Report on the cholera epidemic of
Year: 1868
Disease focus: Cholera
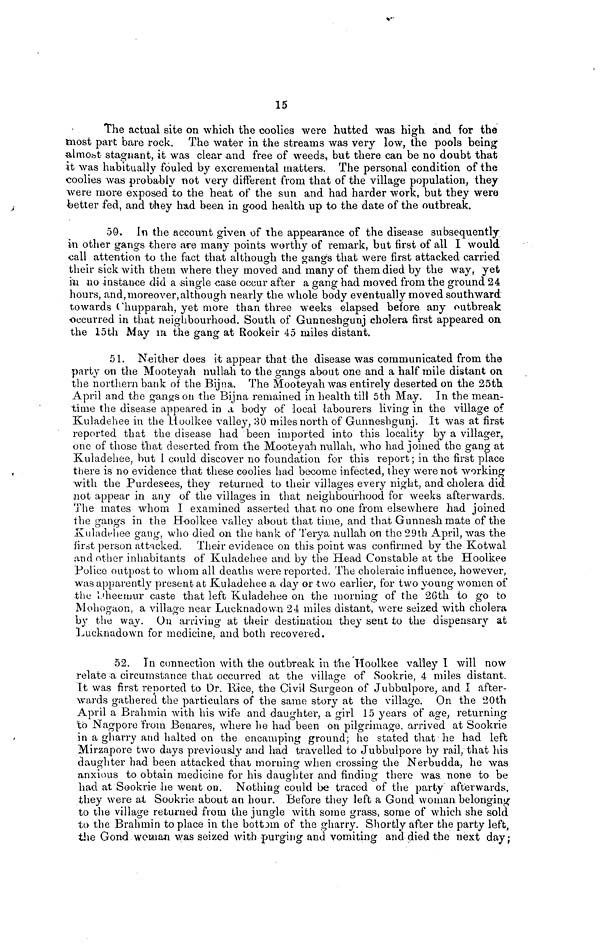
15
The actual site on which the coolies were hutted was high and for the
most part bare rock. The water in the streams was very low, the pools being
almost stagnant, it was clear and free of weeds, but there can be no doubt that
it was habitually fouled by excremental matters. The personal condition of the
coolies was probably not very different from that of the village population, they
were more exposed to the heat of the sun and had harder work, but they were
better fed, and they had been in good health up to the date of the outbreak.
50. In the account given of the appearance of the disease subsequently
in other gangs there are many points worthy of remark, but first of all I would
call attention to the fact that although the gangs that were first attacked carried
their sick with them where they moved and many of them died by the way, yet
in no instance did a single case occur after a gang had moved from the ground 24
hours, and, moreover, although nearly the whole body eventually moved southward
towards C'hupparah, yet more than three weeks elapsed before any outbreak
occurred in that neighbourhood. South of Gunneshgunj cholera first appeared on
the 15th May in the gang at Rookeir 45 miles distant.
51. Neither does it appear that the disease was communicated from the
party on the Mooteyah nullah to the gangs about one and a half mile distant on
the northern bank of the Bijna. The Mooteyah was entirely deserted on the 25th
April and the gangs on the Bijna remained in health till 5th May. In the mean-
time the disease appeared in a body of local labourers living in the village of
Kuladehee in the Hoolkee valley, 30 miles north of Gunneshgunj. It was at first
reported that the disease had been imported into this locality by a villager,
one of those that deserted from the Mooteyah nullah, who had joined the gang at
Kuladehee, but I could discover no foundation for this report; in the first place
there is no evidence that these coolies had become infected, they were not working
with the Purdesees, they returned to their villages every night, and cholera did
not appear in any of the villages in that neighbourhood for weeks afterwards.
The mates whom 1 examined asserted that no one from elsewhere had joined
the gangs in the Hoolkee valley about that time, and that Gunneshmate of the
Kuladehee gang, who died on the hank of Terya nullah on the 29th April, was the
first person attacked. Their evidence on this point was confirmed by the Kotwal
and other inhabitants of Kuladehee and by the Head Constable at the Hoolkee
Police outpost to whom all deaths were reported. The choleraic influence, however,
was apparently present at Kuladehee a day or two earlier, for two young women of
the Dheemur caste that left Kuladehee on the morning of the 26th to go to
Mohogaon, a village near Lucknadown 24 miles distant, were seized with cholera
by the way. On arriving at their destination they sent to the dispensary at
Lucknadown for medicine, and both recovered.
52. In connection with the outbreak in the Hoolkee valley I will now
relate a circumstance that occurred at the village of Sookrie, 4 miles distant.
It was first reported to Dr. Hice, the Civil Surgeon of Jubbulpore, and I after-
wards gathered the particulars of the same story at the village. On the 20th
April a Brahmin with his wife and daughter, a girl 15 years of age, returning
to Nagpore from Benares, where he had been on pilgrimage, arrived at Sookrie
in a gharry and halted on the encamping ground; he stated that he had left
Mirzapore two days previously and had travelled to Jubbulpore by rail, that his
daughter had been attacked that morning when crossing the Nerbudda, he was
anxious to obtain medicine for his daughter and finding there was none to be
had at Sookrie he went on. Nothing could be traced of the party afterwards,
they were at Sookrie about an hour. Before they left a Gond woman belonging
to the village returned from the jungle with some grass, some of which she sold
to the Brahmin to place in the bottom of the gharry. Shortly after the party left,
the Gond woman was seized with purging and vomiting and died the next day;